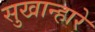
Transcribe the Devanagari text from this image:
सुखान्हारे